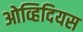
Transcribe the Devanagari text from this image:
ओव्हिदियस